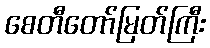
စေတီတော်မြတ်ကြီး